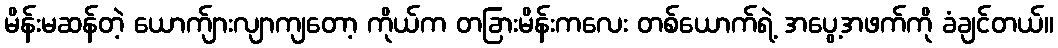
မိန်းမဆန်တဲ့ ယောက်ျားလျာကျတော့ ကိုယ်က တခြားမိန်းကလေး တစ်ယောက်ရဲ့ အပွေ့အဖက်ကို ခံချင်တယ်။